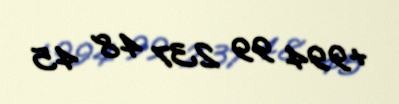
+994 99 237 48 45